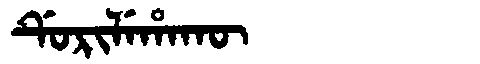
Manchu: ᡩᡠᡵᡳᠯᡝᡥᠠᡴᡡ
Romanization: DURILEHAKŪ